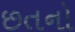
છતનો